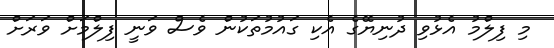
މި ފިލްމު އެޅުވި ދުނިޔޭގެ އެކި ގައުމުތަކުން ވެސް ވަނީ ފިލްމަށް ވަރަށް